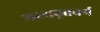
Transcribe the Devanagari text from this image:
मध्यवृत्तवर्ग